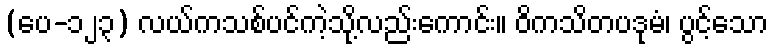
(ပေ-၁၂၃) လယ်ကသစ်ပင်ကဲ့သို့လည်းကောင်း။ ဝိကသိတပဒုမံ၊ ပွင့်သော